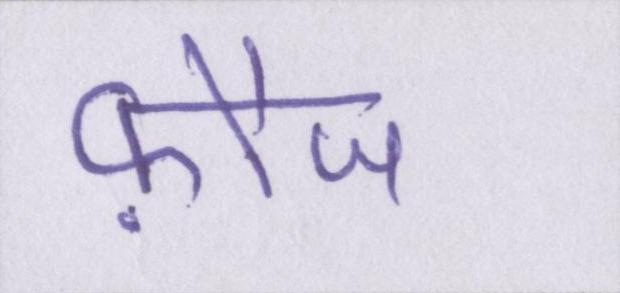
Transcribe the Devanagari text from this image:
फ़ौज